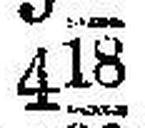
418